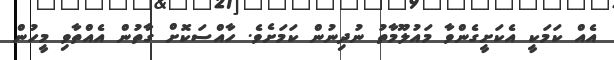
އެއް ކަމަކީ އެކަށީގެންވާ މައުލޫމާތު ނުދިނުން ކަމަށެވެ. ހާއްސަކޮށް ގާތުން އެއްތާވި މީހުން